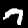
Label: 7